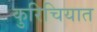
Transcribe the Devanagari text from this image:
कुरिचियात